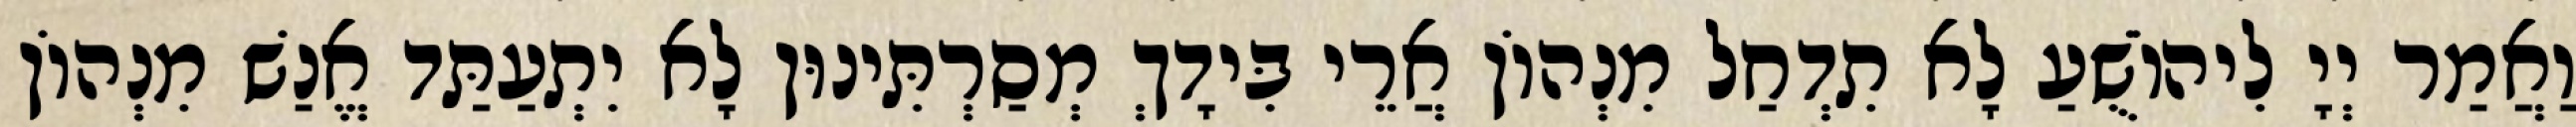
וַאֲמַר יְיָ לִיהוֹשֻׁעַ לָא תִדְחַל מִנְהוֹן אֲרֵי בִּידָךְ מְסַרְתִּינוּן לָא יִתְעַתַּד אֱנַשׁ מִנְהוֹן